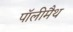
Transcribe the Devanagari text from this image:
पॉलीमैथ